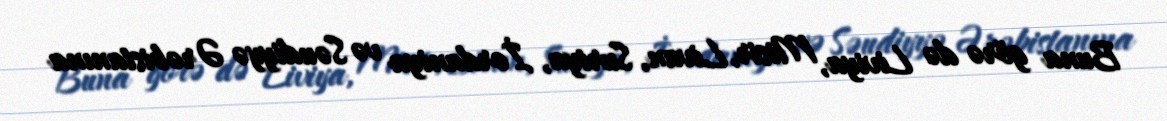
Buna görə də Liviya, Misir, Livan, Suriya, İordaniya və Səudiyyə Ərəbistanına